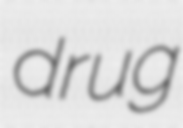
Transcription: drug